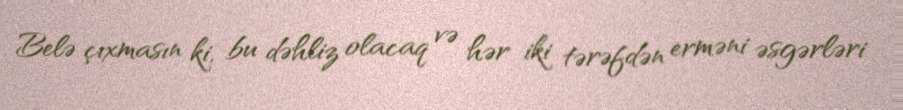
Belə çıxmasın ki, bu dəhliz olacaq və hər iki tərəfdən erməni əsgərləri